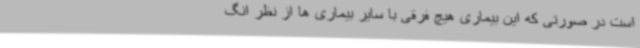
است در صورتی که این بیماری هیچ فرقی با سایر بیماری ها از نظر انگ